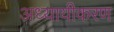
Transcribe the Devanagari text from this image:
अध्यायीकरण